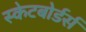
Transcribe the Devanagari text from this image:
स्केटबोर्डर्स